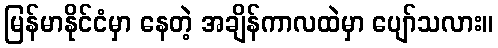
မြန်မာနိုင်ငံမှာ နေတဲ့ အချိန်ကာလထဲမှာ ပျော်သလား။